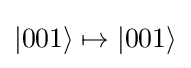
|001\rangle \mapsto |001\rangle